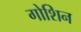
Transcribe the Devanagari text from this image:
गोशिन